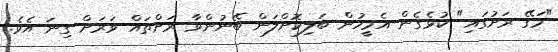
"މަގޭ ރަށުގައި" ކުޅެގެން އެމީހުން ބަލިކޮށްލަން ބޭނުންވާ ރަށްތައް ވަރަށް ގިނަ އެވެ.